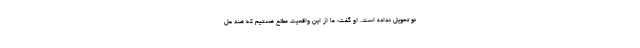
نو تحویل نداده است. او گفت: ما از این واقعیت مطلع هستیم که هند عل